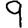
Digit: 9